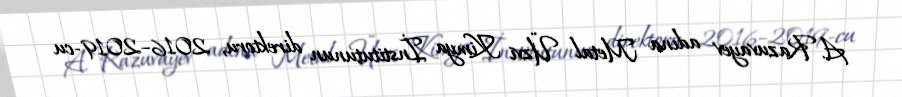
A. Razuvayev adına Metal Üzvi Kimya İnstitutunun direktoru, 2016–2019-cu